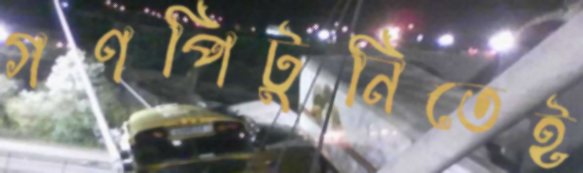
গণপিটুনিতেই